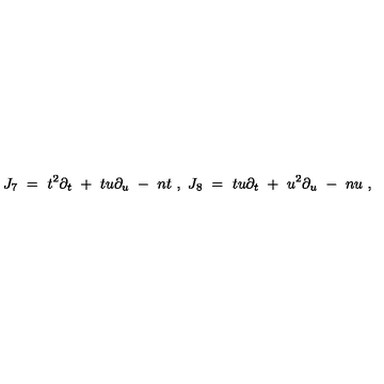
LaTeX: J _ { 7 } \ = \ t ^ { 2 } \partial _ { t } \ + \ t u \partial _ { u } \ - \ n t \ , \ J _ { 8 } \ = \ t u \partial _ { t } \ + \ u ^ { 2 } \partial _ { u } \ - \ n u \ ,